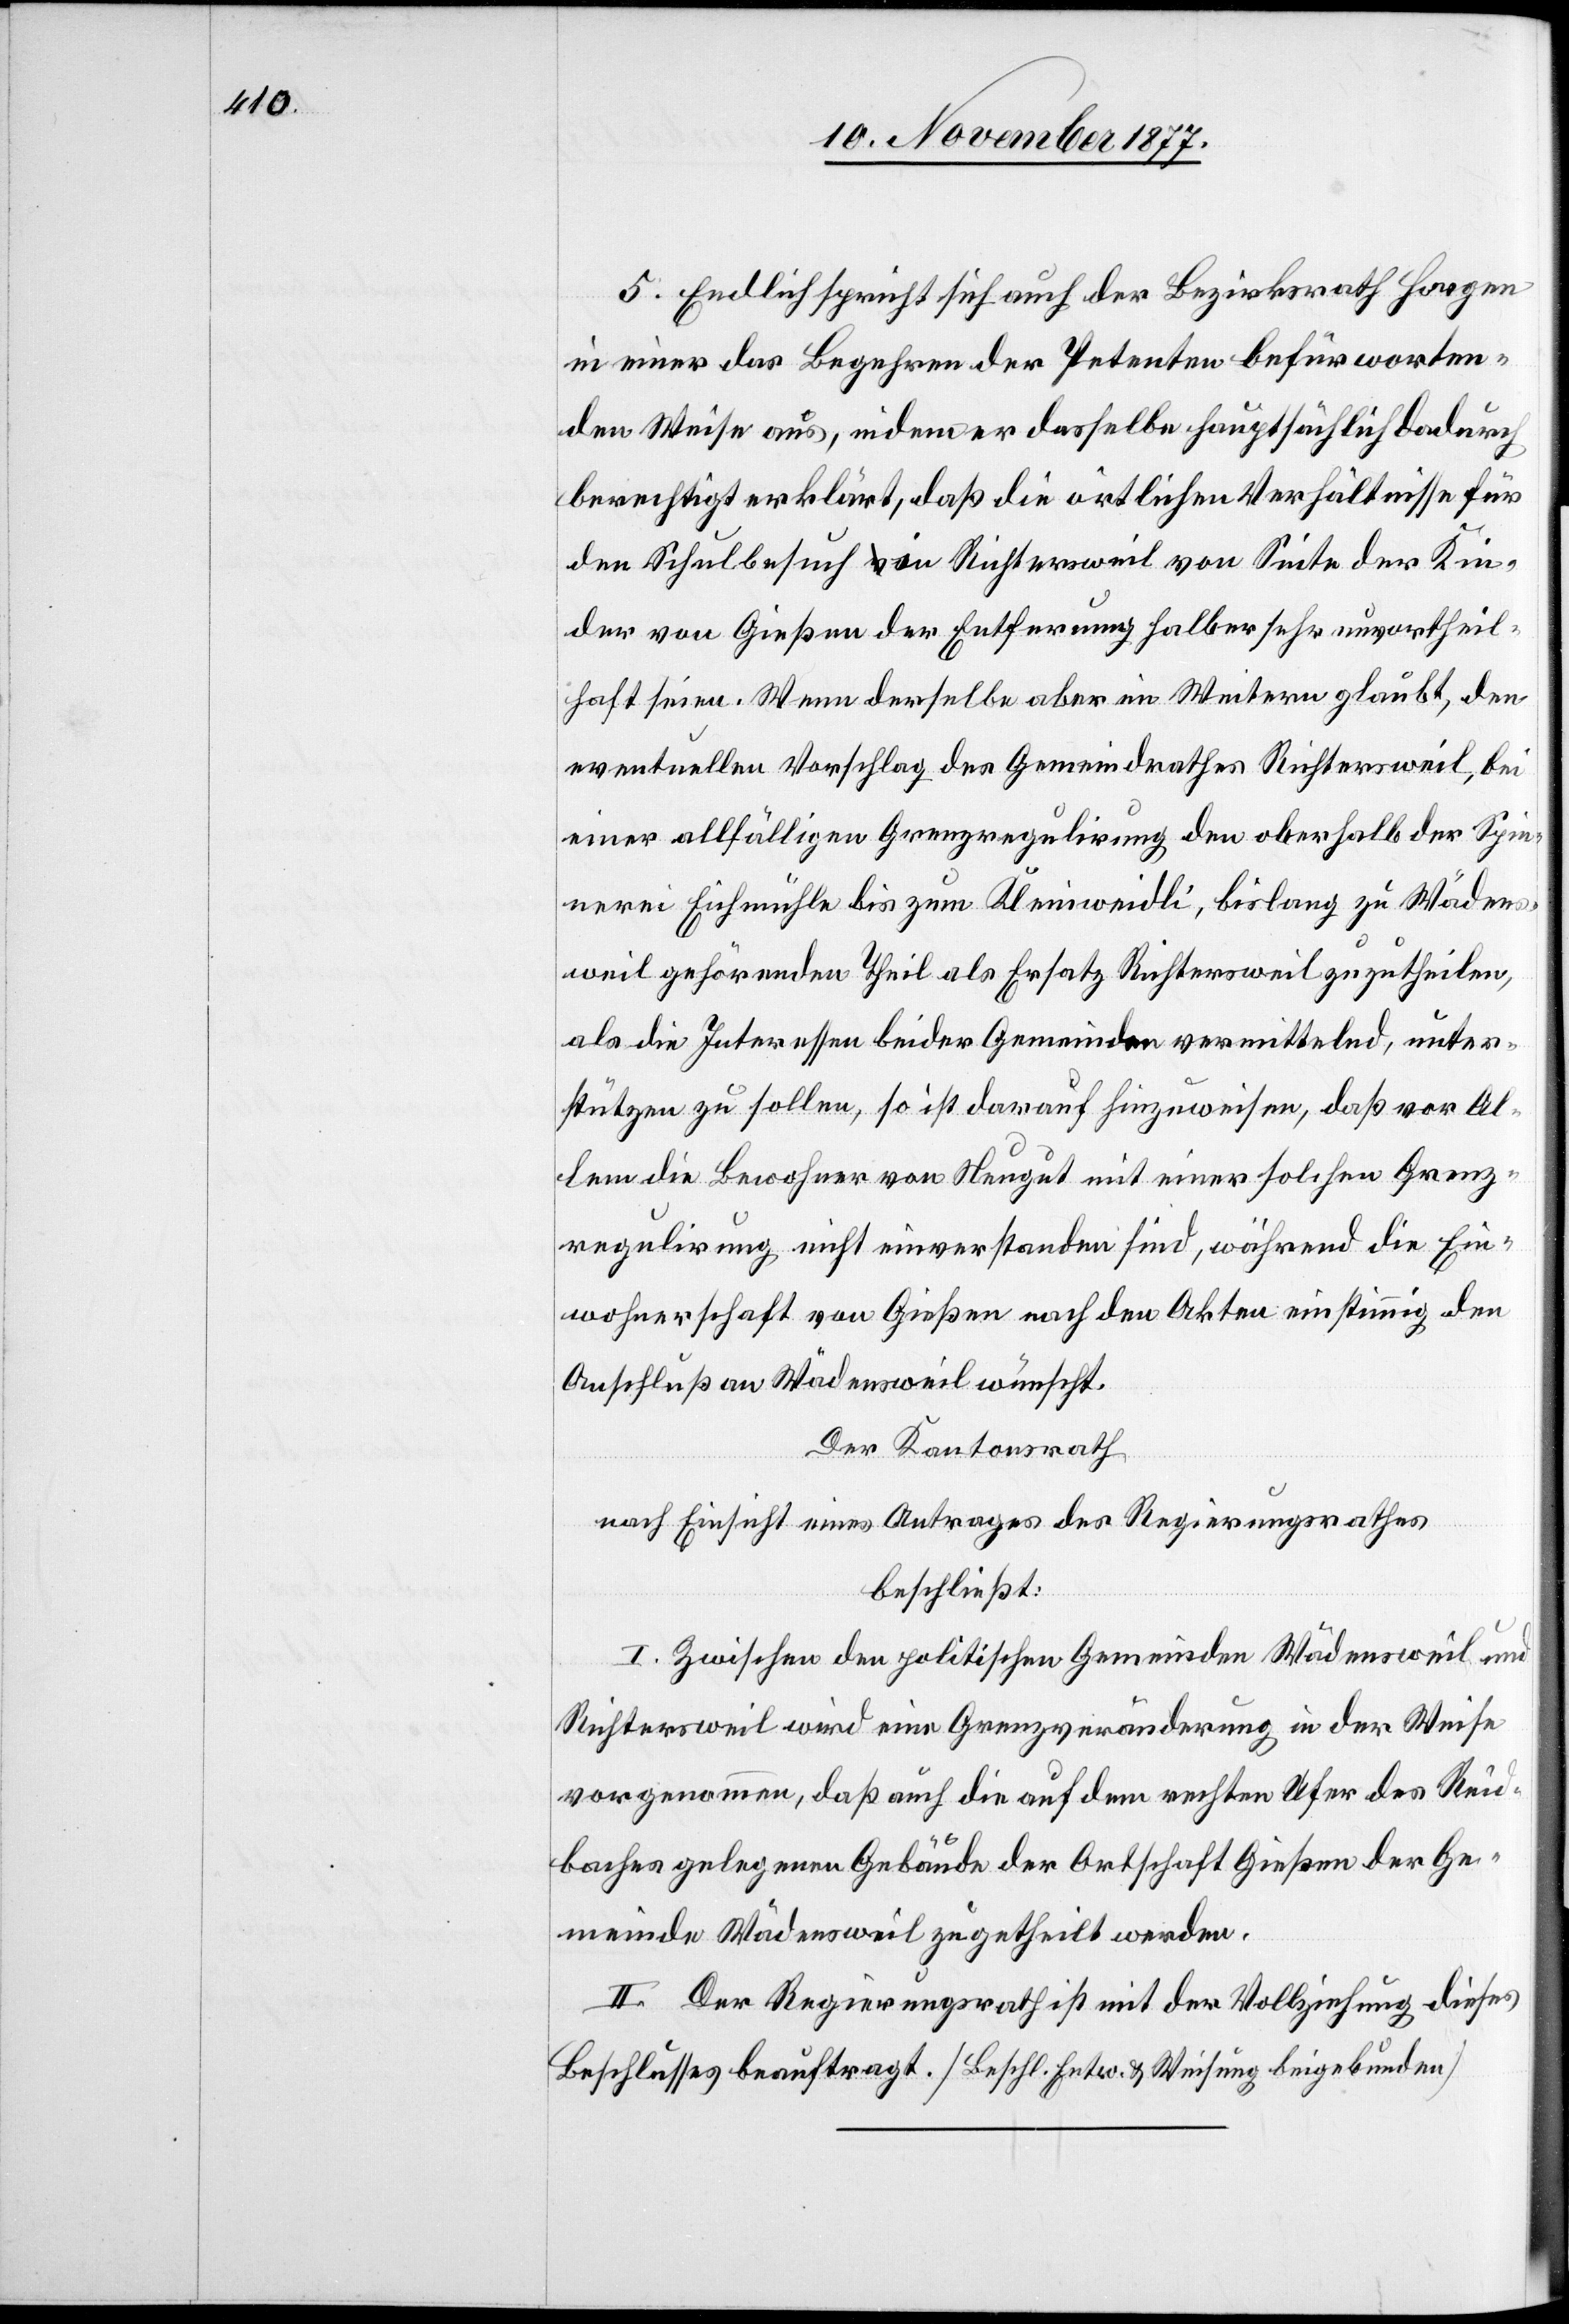
5. Endlich spricht sich auch der Bezirksrath Horgen
in einer das Begehren der Petenten befürworten¬
den Weise aus, indem er dasselbe hauptsächlich dadurch
berechtigt erklärt, da die örtlichen Verhältnisse für
den Schulbesuch in Richtersweil von Seite der Kin¬
der von Gießen der Entfernung halber sehr unvortheil¬
haft seien. Wenn derselbe aber im Weitern glaubt, den
eventuellen Vorschlag des Gemeindrathes Richtersweil, bei
einer allfälligen Grenzregulirung den oberhalb der Spin¬
nerei Eichmühle bis zum Kleinweidli, bislang zu Wäden¬
sweil gehörenden Theil als Ersatz Richtersweil zuzutheilen,
als die Interessen beider Gemeinden vermittelnd, unter¬
stützen zu sollen, so ist darauf hinzuweisen, daß vor Al¬
lem die Bewohner von Neugut mit einer solchen Grenz¬
regulirung nicht einverstanden sind, während die Ein¬
wohnerschaft von Gießen nach den Akten einstimmig den
Anschluß an Wädensweil wünscht.
Der Kantonsrath
nach Einsicht eines Antrages des Regierungsrathes
beschließt:
I. Zwischen den politischen Gemeinden Wädensweil und
Richtersweil wird eine Grenzveränderung in der Weise
vorgenommen, daß auch die auf dem rechten Ufer des Reid¬
baches gelegenen Gebäude der Ortschaft Gießen der Ge¬
meinde Wädensweil zugetheilt werden.
II. Der Regierungsrath ist mit der Vollziehung dieses
Beschlusses beauftragt. [Beschl. Entw. & Weisung beigebunden]